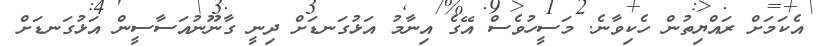
އެކަމަށް ރައްޔިތުން ހެކިވާނެ. މަސީހުވެސް އޭގެ އިނާމު އަޅުގަނޑަށް ދިނީ ގާނޫނުއަސާސީން އަޅުގަނޑަށް